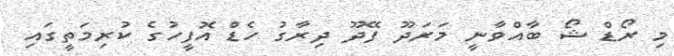
މި ރޯޑް ޝޯ ބާއްވާނީ މަރަދޫ ފޭދޫ ދިރާގު ހެޑް އޮފީހުގެ ކުރިމަތީގައި